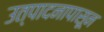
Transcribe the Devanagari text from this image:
उत्पादनापासून